Lunatic asylums Madras 1892-1911 - 1892-1911
Year: 1892
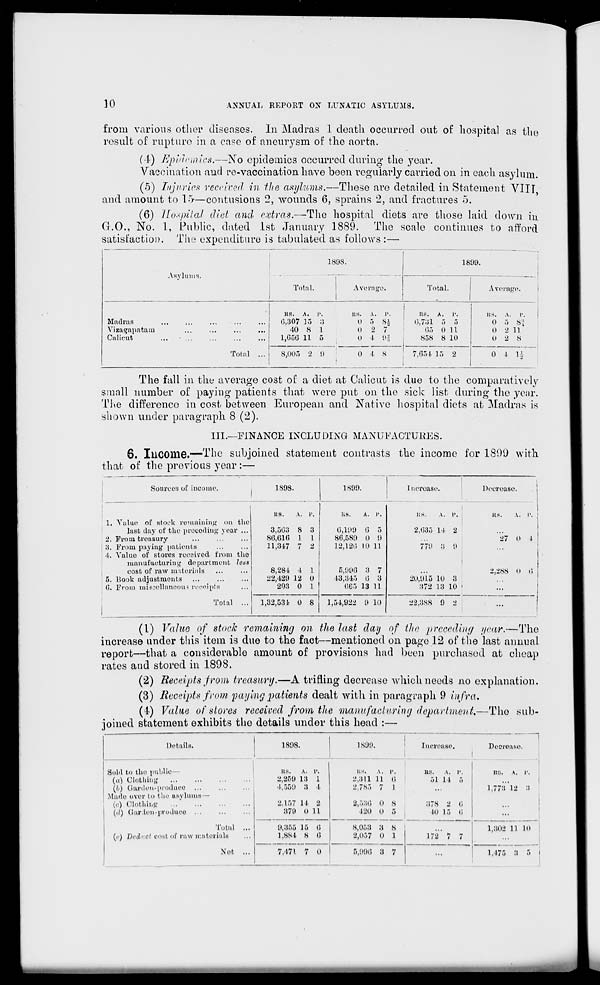
10
ANNUAL REPORT ON LUNATIC ASYLUMS.
from various other diseases. In Madras 1 death occurred out of hospital as the
result of rupture in a case of aneurysm of the aorta.
(4) Epidemics.—No epidemics occurred during the year.
Vaccination and re-vaccination have been regularly carried on in each asylum.
(5) Injuries received in the asylums.—These are detailed in Statement VIII
and amount to 15—contusions 2, wounds 6, sprains 2, and fractures 5.
(6) Hospital diet and extras.—rThe hospital diets are those laid down in
CI.O., NO. 1, Public, dated 1st January 1889. The scale continues to afford
satisfaction. The expenditure is tabulated as follows :—■
Asylums.
1898.
Average.
1899.
Total.
Total.
Avorage.
Madras
Vizagapataun
Calicut
Total ...
RS.
A.
P.
G,307 15 3
40 8 1
1,G5G 11 5
RS.
A. p.
O 5 S^-
ll 2 7"
o 4 93
1
as. x. i\
G,73l 5 5
G5 0 11
858 8 10
RS.
A.
1'.
O 5 8 : ;
0 2 11
0 2 8
8,005 2 !)
0 4 8
7.054 15 2
0 1 H
The fall in the average cost of a diet at Calicut is due to the comparatively
small number of paying patients that were put on the sick list during the year.
The difference in cost between European and Native hospital diets at Madras is
shown under paragraph 8 (2).
III.—FINANCE INCLUDING MANUFACTURES.
6. Income.—The subjoined statement contrasts the income for 1899 with
that of the previous year :—
Sources of income.
1S98
1899.
Increase,
Decrease.
liS.
A. i'.
RB.
A. i>.
us,
A. P.
1. Value of stock remaining on the
last clay of the preceding year ...
2. From treasury
3. From paying patients
4. Value of stores received, from the
3,503
86,616
11,347
8
1
7
3
I
2
6,190 G
86,589 O
12,120 10
5
9
11
2,635
779
14
3
2
9
27 0 1
manufaoburiug department leas
cost of raw materials
5. Rook adjustments
(!. From miscellaneous recoipls
Total ...
8,284
22,429
293
4
12
0
1
0
1
5,99G 3
43,345 G
665 13
7
3
11
20.1)15
372
10
13
3
10
2.288 «I
...
6
1,32,531 0 8
1,54,922 9 10
22,888 9
2
...
(1) Value of stock remaining on the last day of the preceding year.—The
increase under this item is due to the fact—mentioned on page 12 of the last annual
report—that a considerable amount of provisions had been purchased at cheap
rates and stored in 1898.
(2) Receipts from treasury.—A trifling decrease which needs no explanation.
(3) Receipts from paying patients dealt with in paragraph 9 infra,
(I) Value of stores received from the manufacturing department.—The sub-
joined statement exhibits the details under this head :—
Details.
189S.
Sold to the public—
(a) Clothing
\b) Garden-prod uoo
.Made over to tllO asylums —
(c) Olothiug
(W) (!ar.lcn-i>roiluco
Total
(.') Di'd".ct cost of raw materials
Not
B8.
A. 1'.
2,259 13 1
4,559 3 4
2,157 14 2
379 0 11
9,355 15 G
1,884 8 (5
7,471 7 o
1S99.
US.
A. p,
2.3U li t;
2,783 7 I
2,530 o 8
120 0 5
8,053 3 8
2,057 0 1
5,998 3 7
Increase.
Decrease.
us. A. I'.
51 14 5
378 2 G
40 15 G
172 7 7
in;, A. r.
1,773 12 3
1,302 11 10
1,175 3 5 i